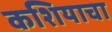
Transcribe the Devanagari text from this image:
कशियाचा